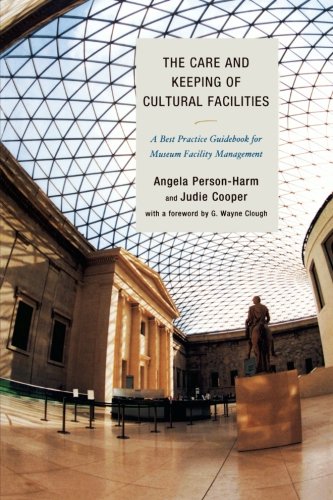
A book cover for The Care and Keeping of Cultural Facilities: A Best Practice Guidebook for Museum Facility Management; Angela Person-Harm; Business & Money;